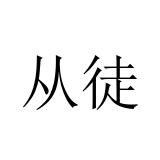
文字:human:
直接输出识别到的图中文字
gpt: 从徒